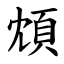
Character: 䪴